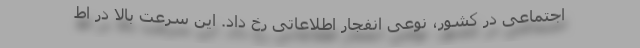
اجتماعی در کشور، نوعی انفجار اطلاعاتی رخ داد. این سرعت بالا در اط